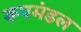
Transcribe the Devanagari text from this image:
रूपमंडल